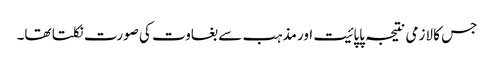
جس کا لازمی نتیجہ پاپائیت اور مذہب سے بغاوت کی صورت نکلتا تھا۔